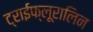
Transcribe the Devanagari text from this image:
ट्राईफ्लूरालिन